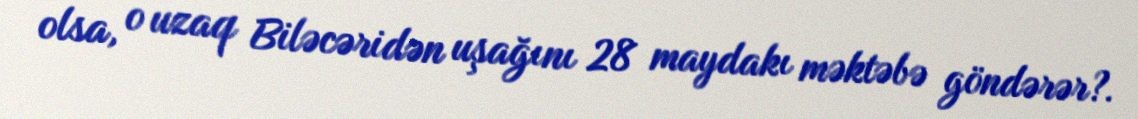
olsa, o uzaq Biləcəridən uşağını 28 maydakı məktəbə göndərər?.